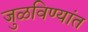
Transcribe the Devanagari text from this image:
जुळविण्यांत